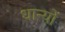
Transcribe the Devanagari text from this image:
धान्यों